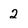
Character: 2